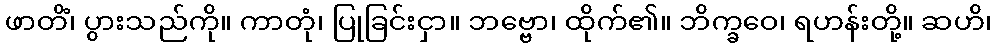
ဖာတိံ၊ ပွားသည်ကို။ ကာတုံ၊ ပြုခြင်းငှာ။ ဘဗ္ဗော၊ ထိုက်၏။ ဘိက္ခဝေ၊ ရဟန်းတို့။ ဆဟိ၊